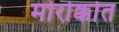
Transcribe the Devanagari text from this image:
मोरोक्कोत